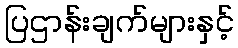
ပြဌာန်းချက်များနှင့်